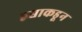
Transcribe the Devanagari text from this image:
हृद्याकडून